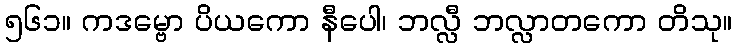
၅၆၁။ ကဒမ္ဗော ပိယကော နီပေါ၊ ဘလ္လီ ဘလ္လာတကော တိသု။